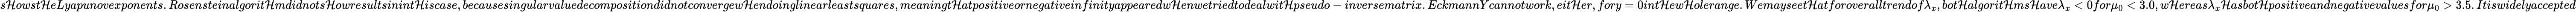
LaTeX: s\mathcal{H}owst\mathcal{H}eLyapunovexponents.Rosensteinalgorit\mathcal{H}mdidnots\mathcal{H}owresultsinint\mathcal{H}iscase,becausesingularvaluedecompositiondidnotconvergew\mathcal{H}endoinglinearleastsquares,meaningt\mathcal{H}atpositiveornegativeinfinityappearedw\mathcal{H}enwetriedtodealwit\mathcal{H}pseudo-inversematrix.EckmannYcannotwork,eit\mathcal{H}er,fory=0int\mathcal{H}ew\mathcal{H}olerange.Wemayseet\mathcal{H}atforoveralltrendof\lambda_{x},bot\mathcal{H}algorit\mathcal{H}ms\mathcal{H}ave\lambda_{x}<0for\mu_{0}<3.0,w\mathcal{H}ereas\lambda_{x}\mathcal{H}asbot\mathcal{H}positiveandnegativevaluesfor\mu_{0}>3.5.Itiswidelyaccepted